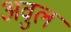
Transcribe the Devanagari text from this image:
अवुल